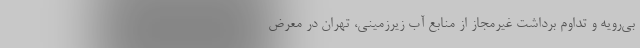
بی‌رویه و تداوم برداشت غیرمجاز از منابع آب زیرزمینی، تهران در معرض